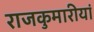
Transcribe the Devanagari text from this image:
राजकुमारीयां